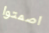
اصمتوا